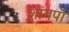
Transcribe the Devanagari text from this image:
शांगपॊ